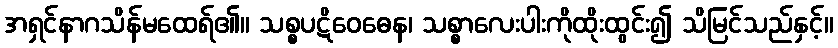
အရှင်နာဂသိန်မထေရ်၏။ သစ္စပဋိဝေဓေန၊ သစ္စာလေးပါးကိုထိုးထွင်း၍ သိမြင်သည်နှင့်။